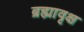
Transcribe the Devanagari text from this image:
ब्रह्मावृक्ष